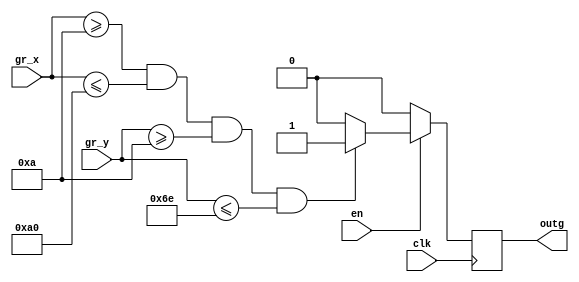
module GREEN_DRAW(
	input wire clk,
//	input wire reset,	
	input wire en,
	
	input wire [10:0]gr_x,
	input wire [9:0]gr_y,

	
	output reg outg
	
	);
	
parameter[10:0] x1 = 11'd10;
parameter[10:0] x2 = 11'd160;
parameter[9:0] y1 = 11'd10;
parameter[9:0] y2 = 11'd110;


always @ (posedge clk)
	begin
		if (en == 1) 
		begin
			if ((gr_x[10:0]>=x1[10:0])&&(gr_x[10:0]<=x2[10:0])&&(gr_y[9:0]>=y1)&&(gr_y[9:0]<=y2))
				begin
					outg = 1;
				end
				else
					outg = 0;
		end
		else
			outg = 0;
	end	
endmodule